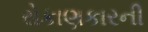
રોકાણકારની